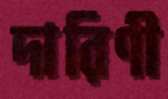
দারিণী